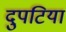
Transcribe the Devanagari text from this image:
दुपटिया